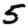
Digit: 5